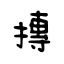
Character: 摶